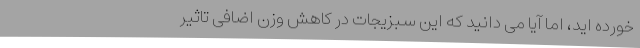
خورده اید، اما آیا می دانید که این سبزیجات در کاهش وزن اضافی تاثیر